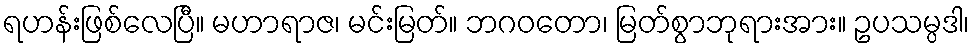
ရဟန်းဖြစ်လေပြီ။ မဟာရာဇ၊ မင်းမြတ်။ ဘဂဝတော၊ မြတ်စွာဘုရားအား။ ဥပသမ္ပဒါ၊